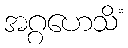
အဂ္ဂဟေသိံ